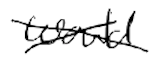
Text: would
Cross-out: cross
Writing tool: digital_black